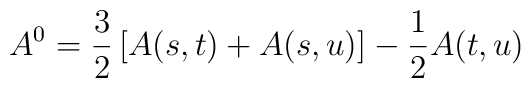
A^0 = \frac{3}{2} \left[ A(s,t) + A (s,u) \right] - \frac{1}{2} A(t,u)